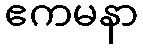
ဧကမနာ